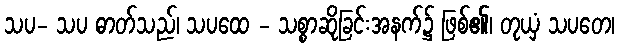
သပ- သပ ဓာတ်သည်၊ သပထေ - သစ္စာဆိုခြင်းအနက်၌ ဖြစ်၏၊ တုယှံ သပတေ၊